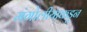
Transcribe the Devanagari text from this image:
मंगोलीयाकडून